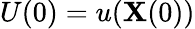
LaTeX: U(0)=u(\mathbf{X}(0))